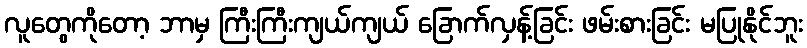
လူတွေကိုတော့ ဘာမှ ကြီးကြီးကျယ်ကျယ် ခြောက်လှန့်ခြင်း ဖမ်းစားခြင်း မပြုနိုင်ဘူး